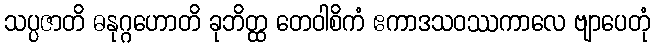
သပ္ပဇာတိ ဓနုဂ္ဂဟောတိ ခုဘိတ္ထ တေဝါစိကံ ဧကာဒသဝဿကာလေ ဗျာပေတုံ